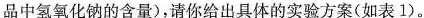
品中氢氧化钠的含量)，请你给出具体的实验方案(如表1)。